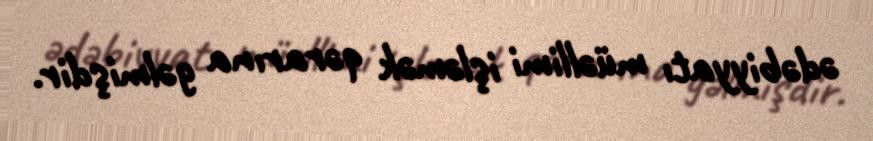
ədəbiyyatı müəllimi işləmək qərarına gəlmişdir.